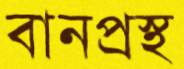
বানপ্রস্থ